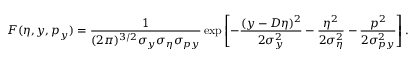
F ( \eta , y , p _ { y } ) = \frac { 1 } { ( 2 \pi ) ^ { 3 / 2 } \sigma _ { y } \sigma _ { \eta } \sigma _ { p y } } \exp \left[ - \frac { ( y - D \eta ) ^ { 2 } } { 2 \sigma _ { y } ^ { 2 } } - \frac { \eta ^ { 2 } } { 2 \sigma _ { \eta } ^ { 2 } } - \frac { p ^ { 2 } } { 2 \sigma _ { p y } ^ { 2 } } \right] .